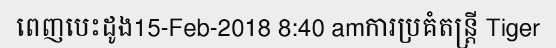
ពេញបេះដូង15-Feb-2018 8:40 amការប្រគំតន្ត្រី Tiger